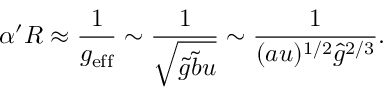
\alpha ^ { \prime } R \approx \frac { 1 } { g _ { \mathrm { e f f } } } \sim \frac { 1 } { \sqrt { \tilde { g } \tilde { b } u } } \sim \frac { 1 } { ( a u ) ^ { 1 / 2 } { \hat { g } } ^ { 2 / 3 } } .